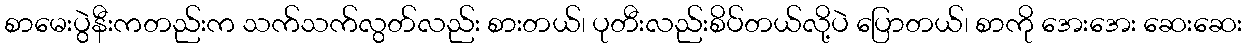
စာမေးပွဲနီးကတည်းက သက်သက်လွတ်လည်း စားတယ်၊ ပုတီးလည်းစိပ်တယ်လို့ပဲ ပြောတယ်၊ စာကို အေးအေး ဆေးဆေး